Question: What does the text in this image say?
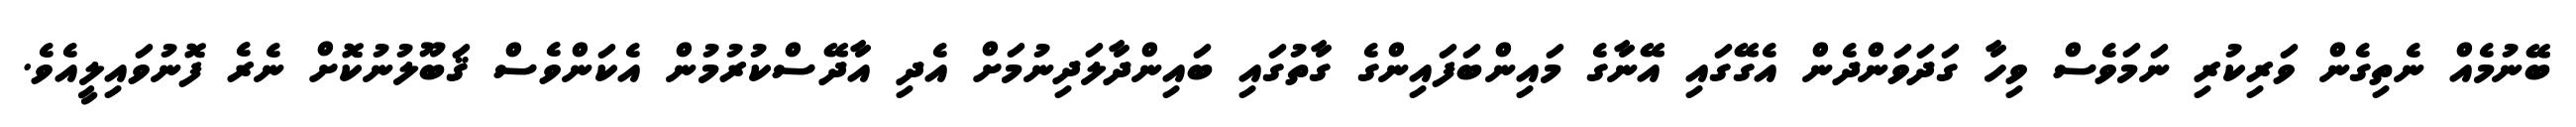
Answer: ބޭނުމެއް ނެތިގެން ވަރިކުރި ނަމަވެސް ވިހާ ގަދަވަންދެން އެގޭގައި އޭނާގެ މައިންބަފައިންގެ ގާތުގައި ބައިންދާލަދިނުމަށް އެދި އާދޭސްކުރުމުން އެކަންވެސް ޤަބޫލުނުކޮށް ނެރެ ފޮނުވައިލީއެވެ.